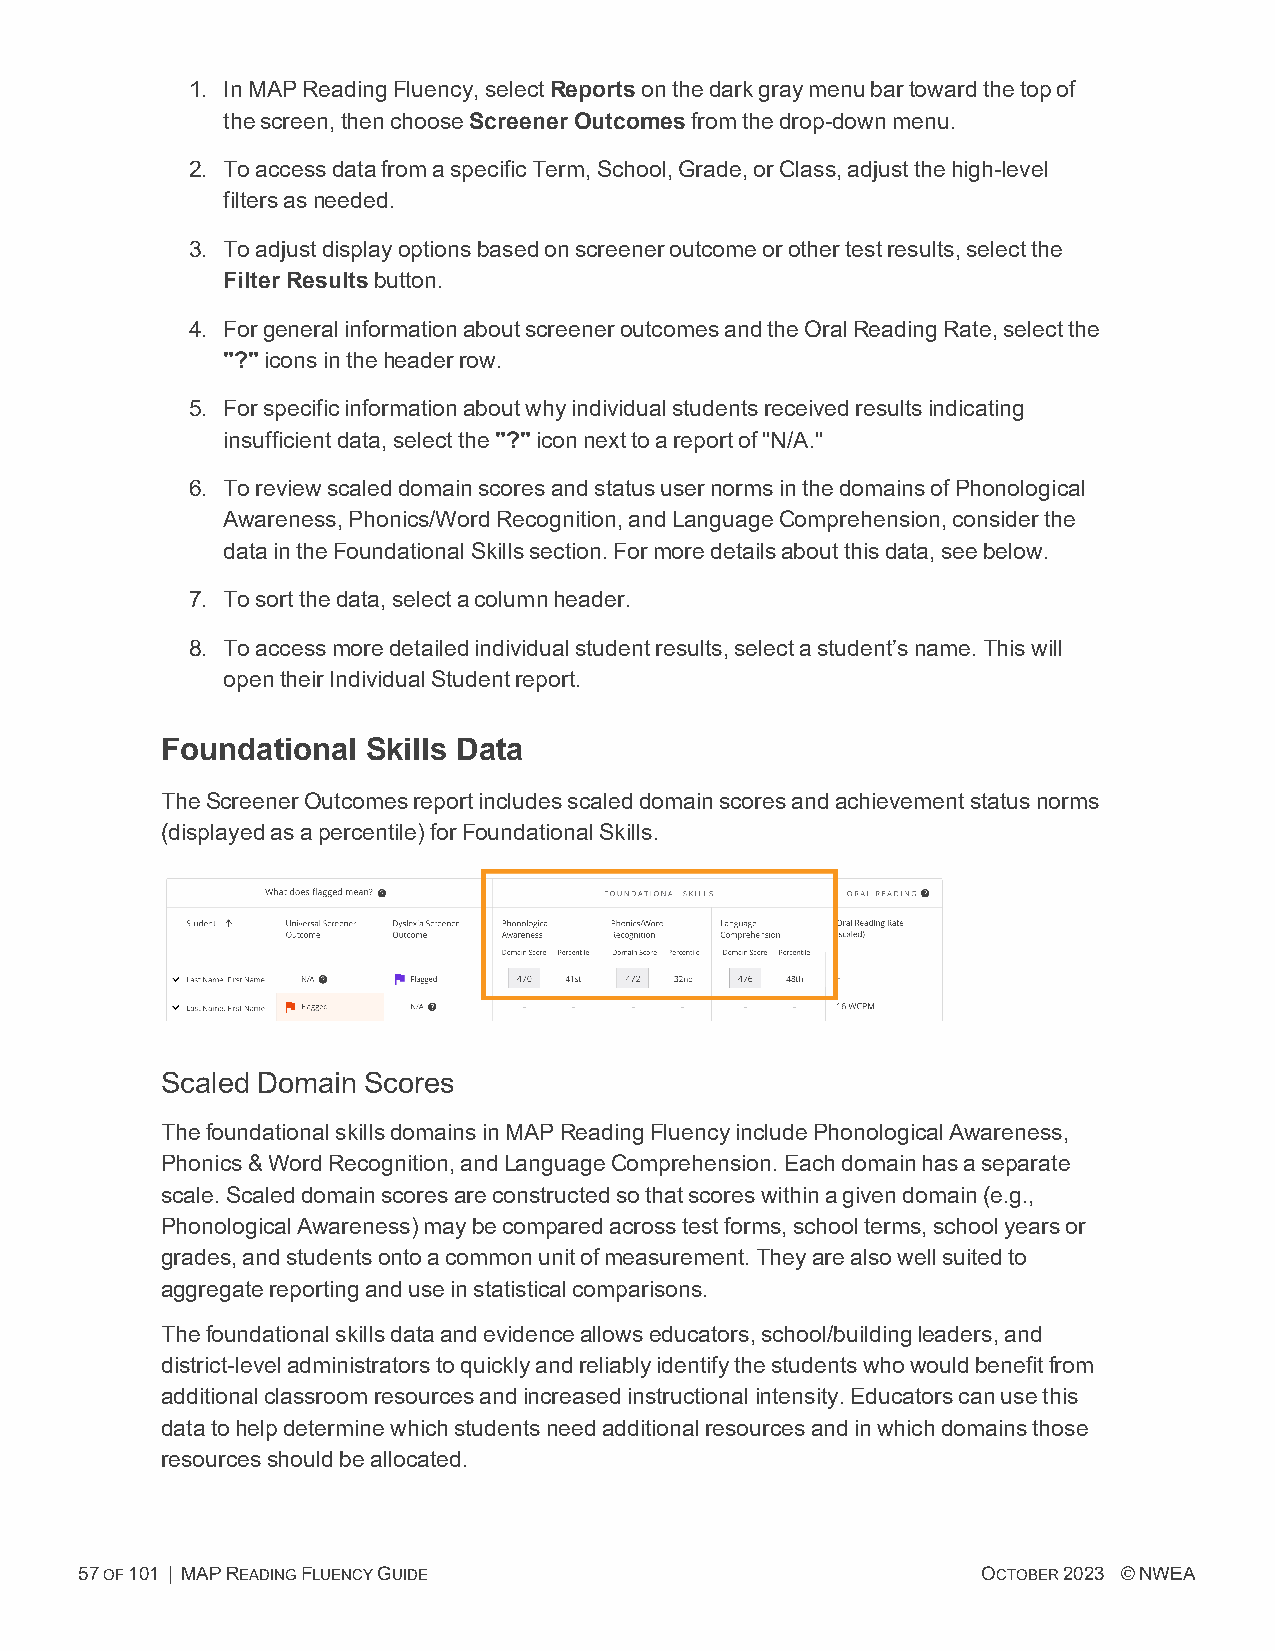
1. InMAPReadingFluency,selectReportsonthedarkgraymenubartowardthetopof
 thescreen,thenchooseScreener Outcomesfromthedrop-downmenu.
 2. ToaccessdatafromaspecificTerm,School,Grade,orClass,adjustthehigh-level
 filtersasneeded.
 3. Toadjustdisplayoptionsbasedonscreeneroutcomeorothertestresults,selectthe
 Filter Resultsbutton.
 4. ForgeneralinformationaboutscreeneroutcomesandtheOralReadingRate,selectthe
 "?"iconsintheheaderrow.
 5. Forspecificinformationaboutwhyindividualstudentsreceivedresultsindicating
 insufficientdata,selectthe"?"iconnexttoareportof"N/A."
 6. ToreviewscaleddomainscoresandstatususernormsinthedomainsofPhonological
 Awareness,Phonics/WordRecognition,andLanguageComprehension,considerthe
 dataintheFoundationalSkillssection.Formoredetailsaboutthisdata,seebelow.
 7. Tosortthedata,selectacolumnheader.
 8. Toaccessmoredetailedindividualstudentresults,selectastudent’sname.Thiswill
 opentheirIndividualStudentreport.
 Foundational Skills Data
 TheScreenerOutcomesreportincludesscaleddomainscoresandachievementstatusnorms
 (displayedasapercentile)forFoundationalSkills.
 Scaled Domain Scores
 ThefoundationalskillsdomainsinMAPReadingFluencyincludePhonologicalAwareness,
 Phonics&WordRecognition,andLanguageComprehension.Eachdomainhasaseparate
 scale.Scaleddomainscoresareconstructedsothatscoreswithinagivendomain(e.g.,
 PhonologicalAwareness)maybecomparedacrosstestforms,schoolterms,schoolyearsor
 grades,andstudentsontoacommonunitofmeasurement.Theyarealsowellsuitedto
 aggregatereportinganduseinstatisticalcomparisons.
 Thefoundationalskillsdataandevidenceallowseducators,school/buildingleaders,and
 district-leveladministratorstoquicklyandreliablyidentifythestudentswhowouldbenefitfrom
 additionalclassroomresourcesandincreasedinstructionalintensity.Educatorscanusethis
 datatohelpdeterminewhichstudentsneedadditionalresourcesandinwhichdomainsthose
 resourcesshouldbeallocated.
 57OF101 | MAPREADINGFLUENCYGUIDE                            OCTOBER2023 ©NWEA